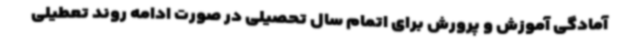
آمادگی آموزش و پرورش برای اتمام سال تحصیلی در صورت ادامه روند تعطیلی